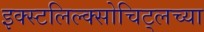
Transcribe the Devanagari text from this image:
इक्स्टलिल्क्सोचिट्लच्या